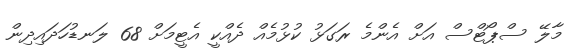
މާލޭ ސްޕޯޓްސް އަށް އެންމެ ރަގަޅު ކުޅުމެއް ދެއްކީ އެޓީމަށް 68 ލަނޑުހަދައިދިން